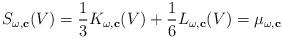
LaTeX: \begin{align*}S_{\omega,\mathbf{c}}(V)=\frac{1}{3}K_{\omega,\mathbf{c}}(V)+\frac{1}{6}L_{\omega,\mathbf{c}}(V)=\mu_{\omega,\mathbf{c}}\end{align*}